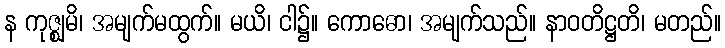
န ကုဇ္ဈမိ၊ အမျက်မထွက်။ မယိ၊ ငါ၌။ ကောဓော၊ အမျက်သည်။ နာဝတိဋ္ဌတိ၊ မတည်။